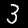
Label: 3